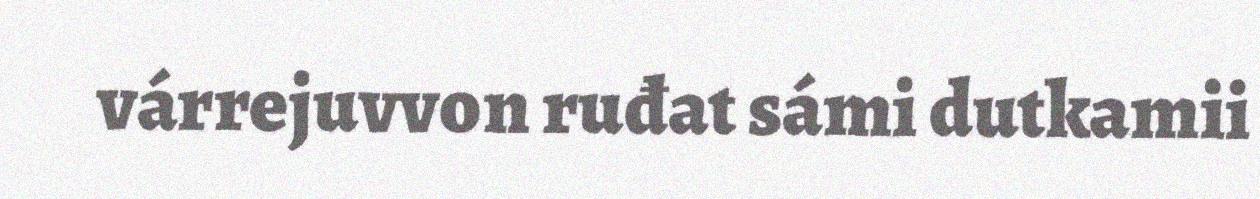
várrejuvvon ruđat sámi dutkamii